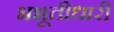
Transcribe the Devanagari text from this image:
भभूतीधारी